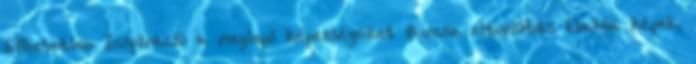
hihetetlen Inspiráció a meglepő képességüket furcsa eltorzítás blabla képek,